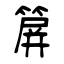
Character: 箳